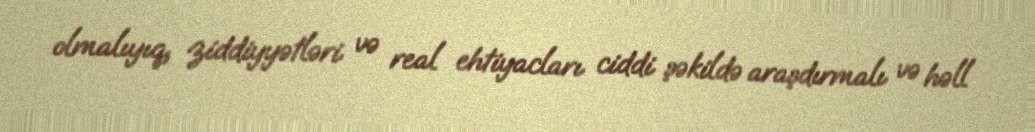
olmalıyıq, ziddiyyətləri və real ehtiyacları ciddi şəkildə araşdırmalı və həll